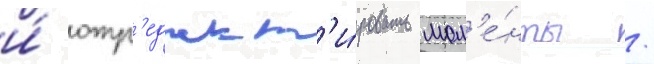
и́ отр'едакт'и́ровать мом'е́нты /